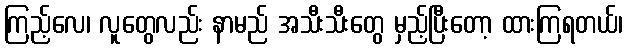
ကြည့်လေ၊ လူတွေလည်း နာမည် အသီးသီးတွေ မှည့်ပြီးတော့ ထားကြရတယ်၊